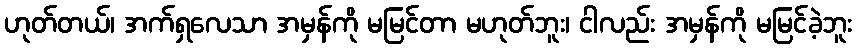
ဟုတ်တယ်၊ အက်ရှလေသာ အမှန်ကို မမြင်တာ မဟုတ်ဘူး၊ ငါလည်း အမှန်ကို မမြင်ခဲ့ဘူး